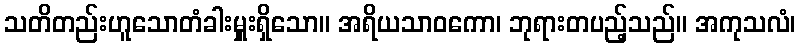
သတိတည်းဟူသောတံခါးမှူးရှိသော။ အရိယသာဝကော၊ ဘုရားတပည့်သည်။ အကုသလံ၊